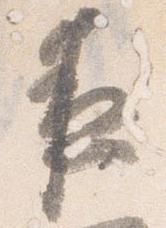
夜